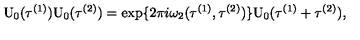
\mathrm { U } _ { 0 } ( { \tau } ^ { ( 1 ) } ) \mathrm { U } _ { 0 } ( { \tau } ^ { ( 2 ) } ) = \exp \{ 2 \pi i { \omega } _ { 2 } ( { \tau } ^ { ( 1 ) } , { \tau } ^ { ( 2 ) } ) \} \mathrm { U } _ { 0 } ( { \tau } ^ { ( 1 ) } + { \tau } ^ { ( 2 ) } ) ,